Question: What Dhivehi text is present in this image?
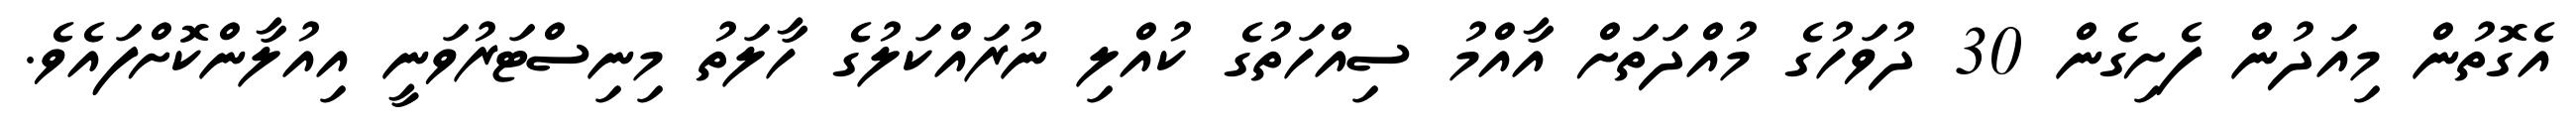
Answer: އެގޮތުން މިއަދުން ފެށިގެން 30 ދުވަހުގެ މުއްދަތަށް އާއްމު ސިއްހަތުގެ ކުއްލި ނުރައްކަލުގެ ހާލަތު މިނިސްޓަރުވަނީ އިއުލާންކޮށްފައެވެ.